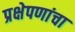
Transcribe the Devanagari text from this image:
प्रक्षेपणांचा